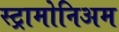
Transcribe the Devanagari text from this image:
स्ट्रामोनिअम